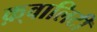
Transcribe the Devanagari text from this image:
क़्वालिटी